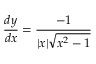
{ \frac { d y } { d x } } = { \frac { - 1 } { | x | { \sqrt { x ^ { 2 } - 1 } } } }